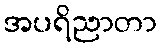
အပရိညာတာ